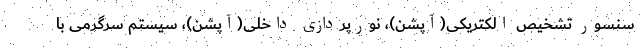
سنسور تشخیص الکتریکی(آپشن)، نورپردازی داخلی(آپشن)، سیستم سرگرمی با